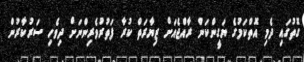
ގޮތުގައި ދެމި އޮތްކަމުގެ ޔަގީންކަން ރާއްޖެއަށް ޒިޔާރަތް ކުރާ ފަތުރުވެރިންނަށް ދިވެހި ސަރުކާރުން